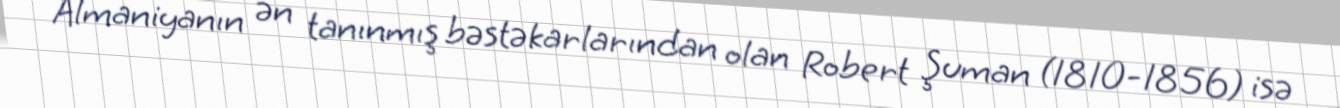
Almaniyanın ən tanınmış bəstəkarlarından olan Robert Şuman (1810-1856) isə